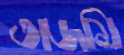
তাজমি